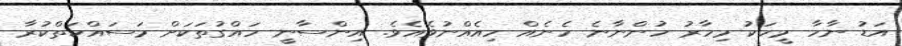
އަޑު ނާހާ މީހަކު މިހާރު ހުންނާނެ ހެނެއް ހިއެއްނުވެއެވެ. އިންސާނީ ހައްގުތަކަށް މަސައްކަތްކުރާ